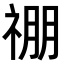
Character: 𬓃